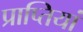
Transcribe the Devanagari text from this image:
प्राप्तियां